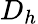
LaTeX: D_{h}